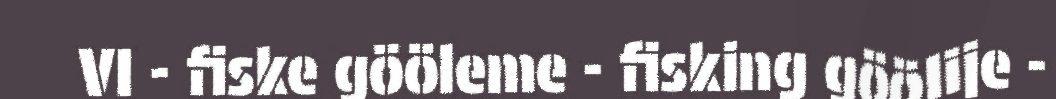
VI - fiske gööleme - fisking göölije -